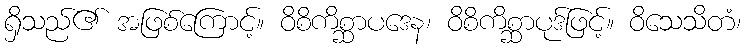
ရှိသည်၏ အဖြစ်ကြောင့်။ ဝိစိကိစ္ဆာပဒေန၊ ဝိစိကိစ္ဆာပုဒ်ဖြင့်။ ဝိသေသိတံ၊